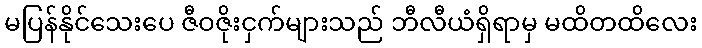
မပြန်နိုင်သေးပေ ဇီဝဇိုးငှက်များသည် ဘီလီယံရှိရာမှ မထိတထိလေး